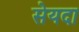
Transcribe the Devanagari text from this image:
सेयदा